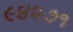
૯૪૨૭૧